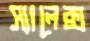
স্যালেক্স